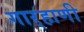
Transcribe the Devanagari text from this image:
गार्‍हाणी